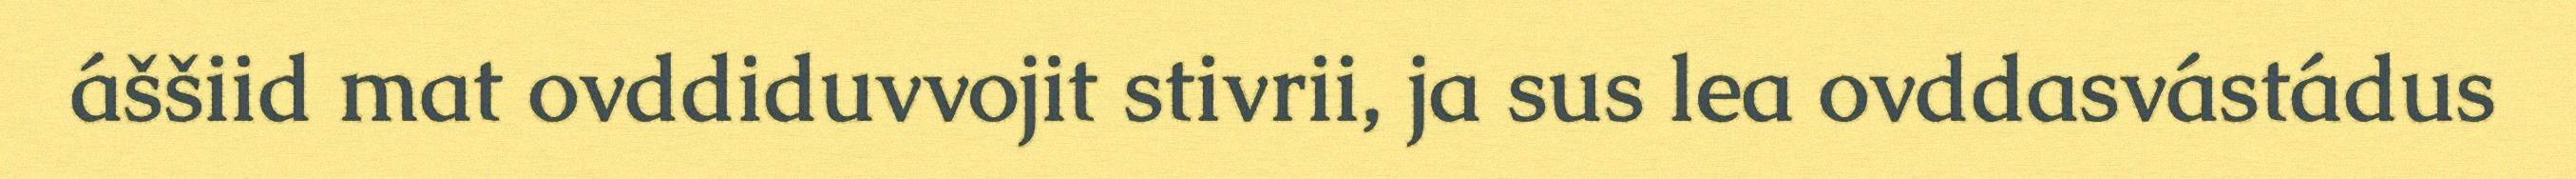
áššiid mat ovddiduvvojit stivrii, ja sus lea ovddasvástádus